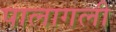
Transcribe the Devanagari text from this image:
पालागली